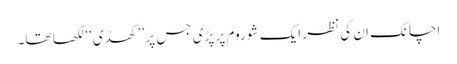
اچانک ان کی نظر ایک شو روم پر پڑی جس پر ’’کھڈی‘‘ لکھا تھا۔